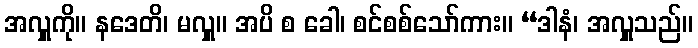
အလှူကို။ နဒေတိ၊ မလှူ။ အပိ စ ခေါ၊ စင်စစ်သော်ကား။ “ဒါနံ၊ အလှူသည်။